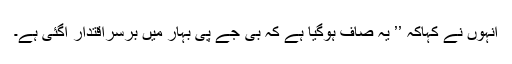
انہوں نے کہاکہ ’’ یہ صاف ہوگیا ہے کہ بی جے پی بہار میں برسراقتدار اگئی ہے۔